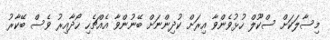
މިސާލަކަށް ސްކޫލް ހުޅުވެންވާ އިރަށް ކުދިންނަށް ބޭނުންވާ އެއްޗެހި ހޯދާއިރު ވެސް ބޭކާރު